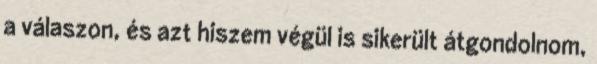
a válaszon, és azt hiszem végül is sikerült átgondolnom,